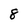
Character: 8